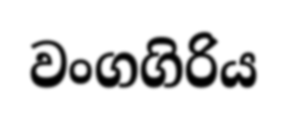
වංගගිරිය